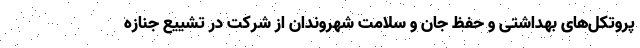
پروتکل‌های بهداشتی و حفظ جان و سلامت شهروندان از شرکت در تشییع جنازه